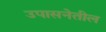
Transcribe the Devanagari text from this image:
उपासनेतील